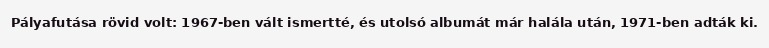
Pályafutása rövid volt: 1967-ben vált ismertté, és utolsó albumát már halála után, 1971-ben adták ki.